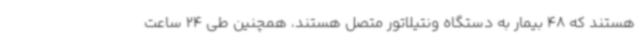
هستند که 48 بیمار به دستگاه ونتیلاتور متصل هستند، همچنین طی 24 ساعت